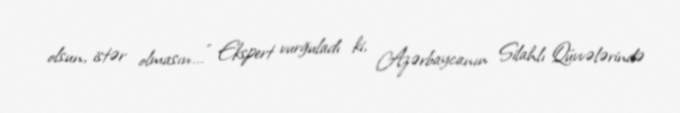
olsun, istər olmasın...” Ekspert vurğuladı ki, Azərbaycanın Silahlı Qüvvələrində